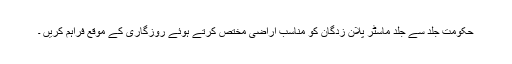
حکومت جلد سے جلد ماسٹر پلان زدگان کو مناسب اراضی مختص کرتے ہوئے روزگاری کے موقع فراہم کریں ۔